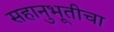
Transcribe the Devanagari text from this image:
सहानुभूतीचा